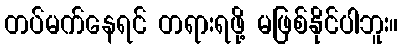
တပ်မက်နေရင် တရားရဖို့ မဖြစ်နိုင်ပါဘူး။